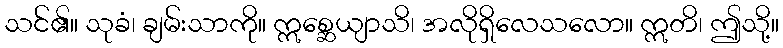
သင်၏။ သုခံ၊ ချမ်းသာကို။ ဣစ္ဆေယျာသိ၊ အလိုရှိလေသလော။ ဣတိ၊ ဤသို့။